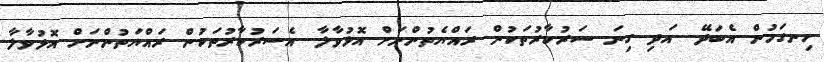
ހިނގަމުން އެބަދޭ.. އަދި ގިނަ ސަރުކާރުތަކުން ރައްޔެތުންނަށް އޮޅުވާލާ.. އެސަރުކާރުތަކުން ރައްޔަތުންނަށް އޮޅުވާލާ